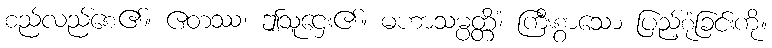
စည်လည်စေ၏။ ဧတဿ၊ ဤသူဌေး၏။ မဟာသမ္ပတ္တိံ၊ ကြီးစွာသော ပြည့်စုံခြင်းကို။